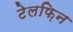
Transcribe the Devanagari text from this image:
टेलफ़िन